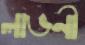
লাভনী